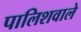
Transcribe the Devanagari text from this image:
पालिशवाले